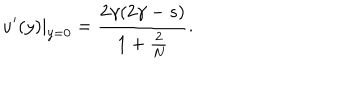
LaTeX: u ^ { \prime } ( y ) { | _ { y = 0 } } = \frac { 2 \gamma ( 2 \gamma - s ) } { 1 + \frac { 2 } { N } } .